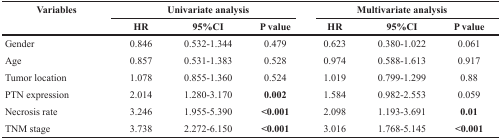
<table><thead><tr><td rowspan="2"><b>Variables</b></td><td colspan="3"><b>Univariate analysis</b></td><td colspan="3"><b>Multivariate analysis</b></td></tr><tr><td><b>HR</b></td><td><b>95%CI</b></td><td><b>P value</b></td><td><b>HR</b></td><td><b>95%CI</b></td><td><b>P value</b></td></tr></thead><tbody><tr><td>Gender</td><td>0.846</td><td>0.532-1.344</td><td>0.479</td><td>0.623</td><td>0.380-1.022</td><td>0.061</td></tr><tr><td>Age</td><td>0.857</td><td>0.531-1.383</td><td>0.528</td><td>0.974</td><td>0.588-1.613</td><td>0.917</td></tr><tr><td>Tumor location</td><td>1.078</td><td>0.855-1.360</td><td>0.524</td><td>1.019</td><td>0.799-1.299</td><td>0.88</td></tr><tr><td>PTN expression</td><td>2.014</td><td>1.280-3.170</td><td><b>0.002</b></td><td>1.584</td><td>0.982-2.553</td><td>0.059</td></tr><tr><td>Necrosis rate</td><td>3.246</td><td>1.955-5.390</td><td><b>&lt;0.001</b></td><td>2.098</td><td>1.193-3.691</td><td><b>0.01</b></td></tr><tr><td>TNM stage</td><td>3.738</td><td>2.272-6.150</td><td><b>&lt;0.001</b></td><td>3.016</td><td>1.768-5.145</td><td><b>&lt;0.001</b></td></tr></tbody></table>